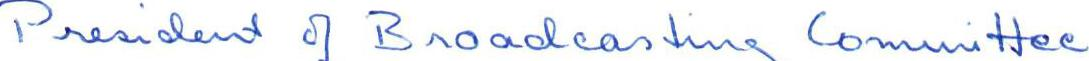
President of Broadcasting Committee